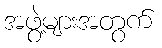
အဖွဲ့များအတွက်